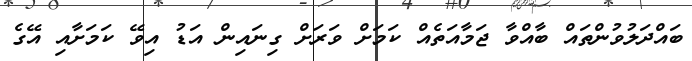
ބައްދަލުވުންތައް ބާއްވާ ޖަމާއަތެއް ކަމަށް ވަރަށް ގިނައިން އަޑު އިވޭ ކަމަށާއި އޭގެ